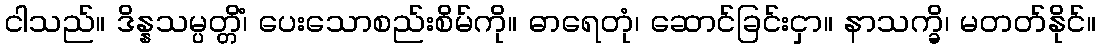
ငါသည်။ ဒိန္နသမ္ပတ္တိံ၊ ပေးသောစည်းစိမ်ကို။ ဓာရေတုံ၊ ဆောင်ခြင်းငှာ။ နာသက္ခိ၊ မတတ်နိုင်။